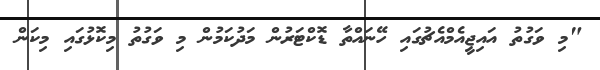
"މި ވަގުތު އައިޖީއެމްއެޗުގައި ހޭނައްތާ ޑޮކްޓަރުން މަދުކަމުން މި ވަގުތު މިކޮޅުގައި މިކަން